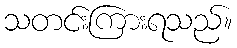
သတင်းကြားရသည်။